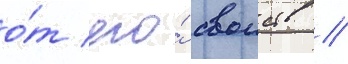
о́т его́ своиств //